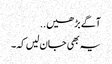
آگے بڑھیں..
یہ بھی جان لیں کہ۔